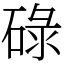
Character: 碌